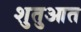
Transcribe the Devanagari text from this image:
शुतुआत